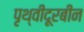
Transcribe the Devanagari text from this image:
पृथ्वीदूरबीन